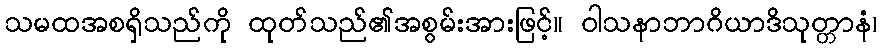
သမထအစရှိသည်ကို ထုတ်သည်၏အစွမ်းအားဖြင့်။ ဝါသနာဘာဂိယာဒိသုတ္တာနံ၊